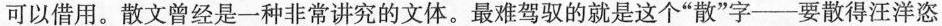
可以借用。散文曾经是-种非常讲究的文体。最难驾驭的就是这个”散”字--要散得汪洋恣